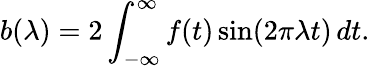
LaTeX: b(\lambda)=2\int_{-\infty}^{\infty}f(t)\sin(2\pi\lambda t)\, dt.